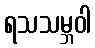
ရသသမ္ဘဝါ